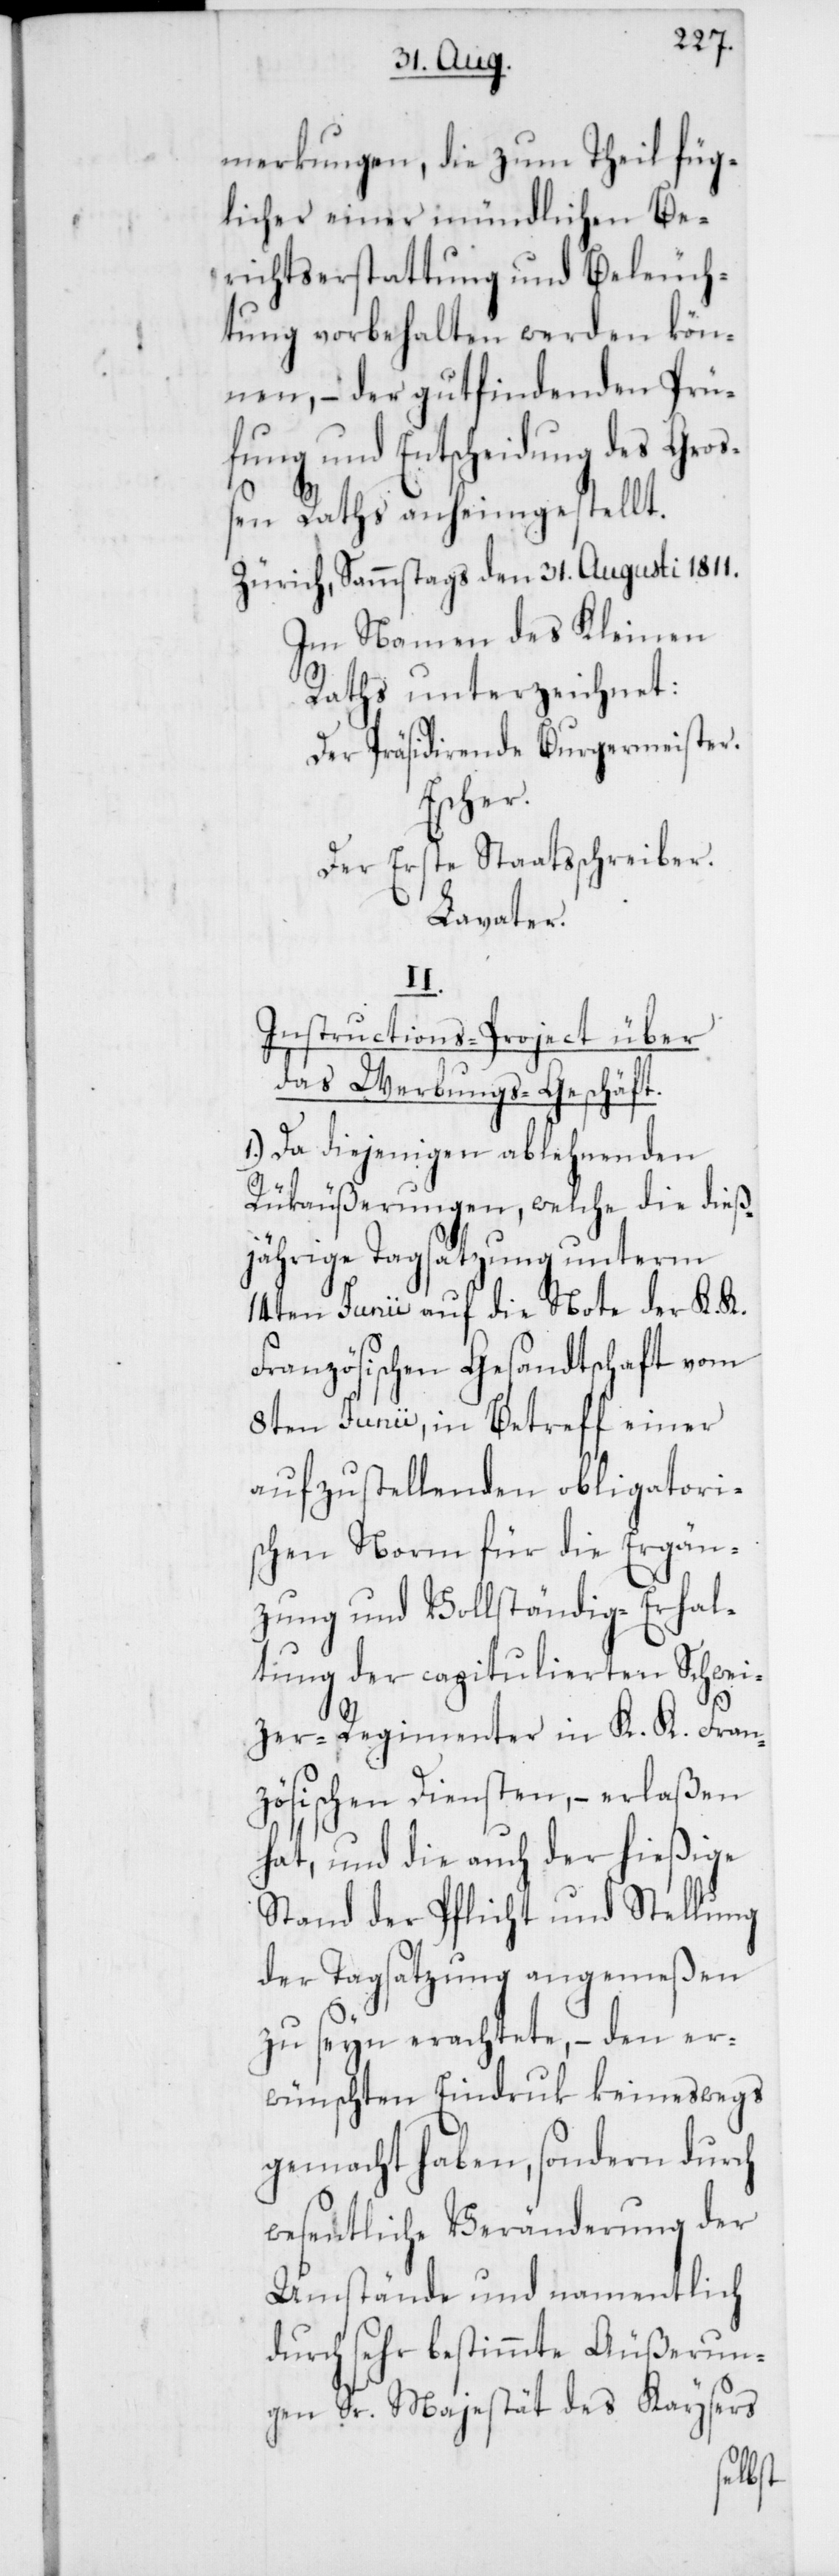
merkungen, die zum Theil füg¬
licher einer mündlichen Be¬
richtserstattung und Beleuch¬
tung vorbehalten werden kön¬
nen, – der gutfindenden Prü¬
fung und Entscheidung des Groß¬
en Raths anheimgestellt.
Zürich, Sammstags den 31. Augusti 1811.
Im Namen des Kleinen
Raths unterzeichnet:
Der Präsidierende Burgermeister.
Escher.
Der Erste Staatsschreiber.
Lavater.
II.
Instructions-Project über
das Werbungs-Geschäft.
1.) Da diejenigen ablehnenden
Rükäußerungen, welche die dieß¬
jährige Tagsatzung unterm
14ten Junii auf die Note der K. K.
Französischen Gesandtschaft vom
8ten Junii, in Betreff einer
aufzustellenden obligatori¬
schen Norm für die Ergän¬
zung und Vollständig-Erhal¬
tung der capitulierten Schwei¬
zer-Regimenter in K. K. Fran¬
zösischen Diensten, – erlaßen
hat, und die auch der hießige
Stand der Pflicht und Stellung
der Tagsatzung angemeßen
zu seyn erachtete, – den er¬
wünschten Eindruk keineswegs
gemacht haben, sondern durch
wesentliche Veränderung der
Umstände und namentlich
durch sehr bestimmte Äußerun¬
gen Sr. Majestät des Kaysers